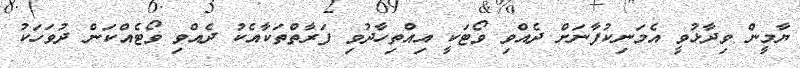
ޔާމީން ވިދާޅުވީ އެމަނިކުފާނަށް ދެއްވި ވޯޓަކީ އިއްތިހާދުވި ފަރާތްތަކާއެކު ދެއްވި ވޯޓެއްކަން ދުވަހަކު